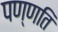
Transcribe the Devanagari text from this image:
पण्णति